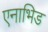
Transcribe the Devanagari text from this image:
एनाभिड